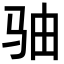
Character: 𩧨